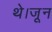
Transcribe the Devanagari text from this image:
थे।जून